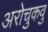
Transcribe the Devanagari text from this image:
अरोचुकवु